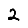
Digit: 2